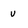
Character: u